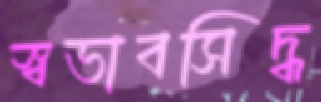
স্বভাবসিদ্ধ